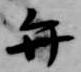
弁